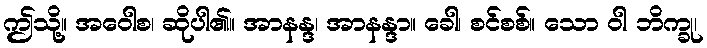
ဤသို့။ အဝေါစ၊ ဆိုပါ၏။ အာနန္ဒ၊ အာနန္ဒာ။ ခေါ၊ စင်စစ်။ သော ဝါ ဘိက္ခု၊